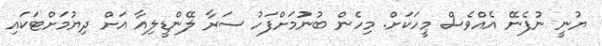
ޔުނީ ނުފެނޭ އެއްވެސް މީހަކަށް. މިހެން ބުނުުމަށްފަހު ސަރާ ލޭންޑީލިއާ އަށް ދިޔުމަށްޓަކައި